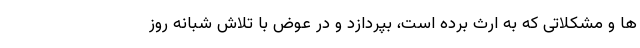
ها و مشکلاتی که به ارث برده است، بپردازد و در عوض با تلاش شبانه روز